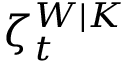
\zeta _ { t } ^ { W | K }